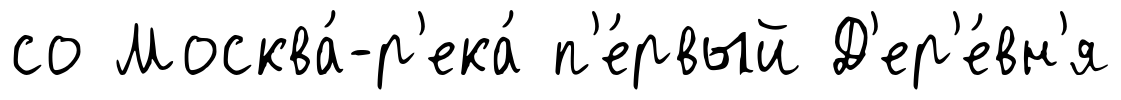
со Москва́-р'ека́ п'е́рвый Д'ер'е́вн'я